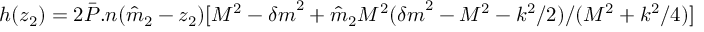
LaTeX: h ( z _ { 2 } ) = 2 { \bar { P } } . n ( { \hat { m } } _ { 2 } - z _ { 2 } ) [ M ^ { 2 } - { \delta m } ^ { 2 } + { \hat { m } } _ { 2 } M ^ { 2 } ( { \delta m } ^ { 2 } - M ^ { 2 } - k ^ { 2 } / 2 ) / ( M ^ { 2 } + k ^ { 2 } / 4 ) ]